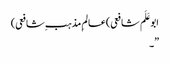
ابوعَلَم شافعی)عالمِ مذہب ِشافعی)
”۔